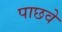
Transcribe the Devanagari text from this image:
पाछवे